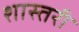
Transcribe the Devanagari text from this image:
शास्तरी